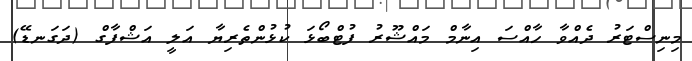
މިނިސްޓަރު ދެއްވާ ހާއްސަ އިނާމް މައްޝޫރު ފުޓްބޯޅަ ކުޅުންތެރިޔާ އަލީ އަޝްފާގް (ދަގަނޑޭ)